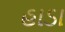
હાડા